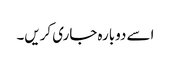
اسے دوبارہ جاری کریں۔